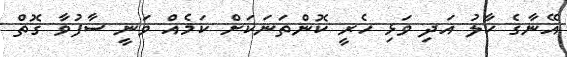
އޭނާގެ ހާލު އަދި ވަޅި ހެރީ ކޮންތަނަކަށް ކަމެއް ވަނީ ސާފުވާ ގޮތް